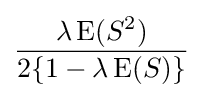
{\frac {\lambda \operatorname {E} (S^{2})}{2\{1-\lambda \operatorname {E} (S)\}}}